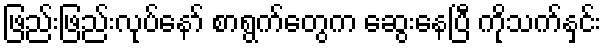
ဖြည်းဖြည်းလုပ်နော် စာရွက်တွေက ဆွေးနေပြီ ကိုသက်နှင်း